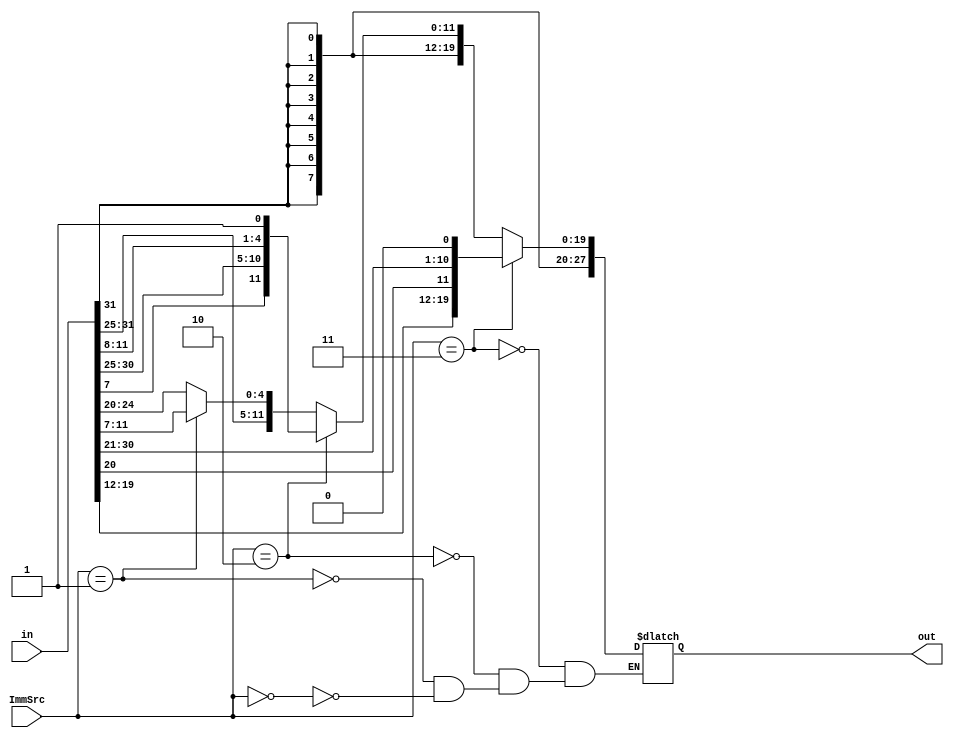
`timescale 1ns/1ps
module signExt(in, out, ImmSrc);

	input [31:0] in;   //this will be actually instruction out
	input [1:0] ImmSrc;
	output reg [31:0] out;
	
	always @ (*)
	begin
	
	if (ImmSrc == 2'b00)          //I-instructions
	begin
	
		out = {{20{in[31]}}, in[31:20]};
		
	end
	
	if (ImmSrc == 2'b01)            //S-type
	begin

		out = {{20{in[31]}}, in[31:25], in[11:7]};
	
	end
	
	if (ImmSrc == 2'b10)    //beq
	begin

		out = {{20{in[31]}}, in[7], in[30:25], in[11:8], 1'b1};
	end
	
	if (ImmSrc == 2'b11) //jal
	begin

		out = {{12{in[31]}}, in[19:12], in[20], in[30:21], 1'b0};
	end

	end
endmodule